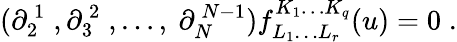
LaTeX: (\partial_{2}^{\, 1}\; ,\partial_{3}^{\, 2}\; ,\ldots,\ \partial_{N}^{\, N-1})f_{L_{1}\ldots L_{r}}^{K_{1}\ldots K_{q}}(u)=0\; .